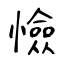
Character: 憸